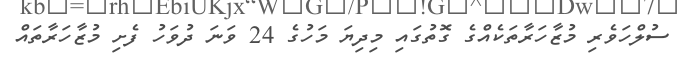
ސުލްހަވެރި މުޒާހަރާތަކެއްގެ ގޮތުގައި މިދިޔަ މަހުގެ 24 ވަނަ ދުވަހު ފެށި މުޒާހަރާތައް